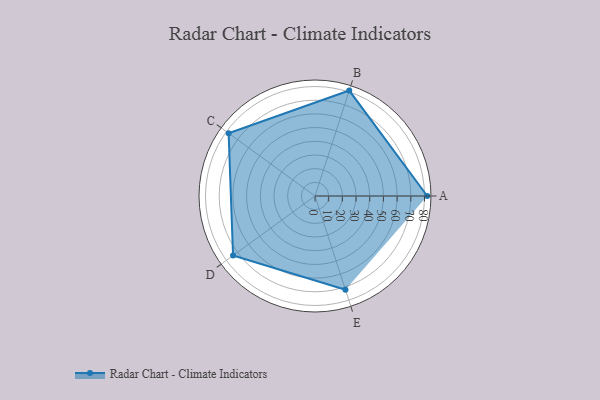
{"axis": {"x": "Skill", "y": "Score"}, "legend": ["Profile"], "data": [{"x": "A", "y": 82.0, "type": "Profile"}, {"x": "B", "y": 81.0, "type": "Profile"}, {"x": "C", "y": 78.0, "type": "Profile"}, {"x": "D", "y": 74.0, "type": "Profile"}, {"x": "E", "y": 72.0, "type": "Profile"}]}